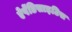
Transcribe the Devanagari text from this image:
ऐपेंडिसाइटिस